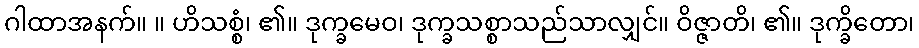
ဂါထာအနက်။ ။ ဟိသစ္စံ၊ ၏။ ဒုက္ခမေဝ၊ ဒုက္ခသစ္စာသည်သာလျှင်။ ဝိဇ္ဇာတိ၊ ၏။ ဒုက္ခိတော၊